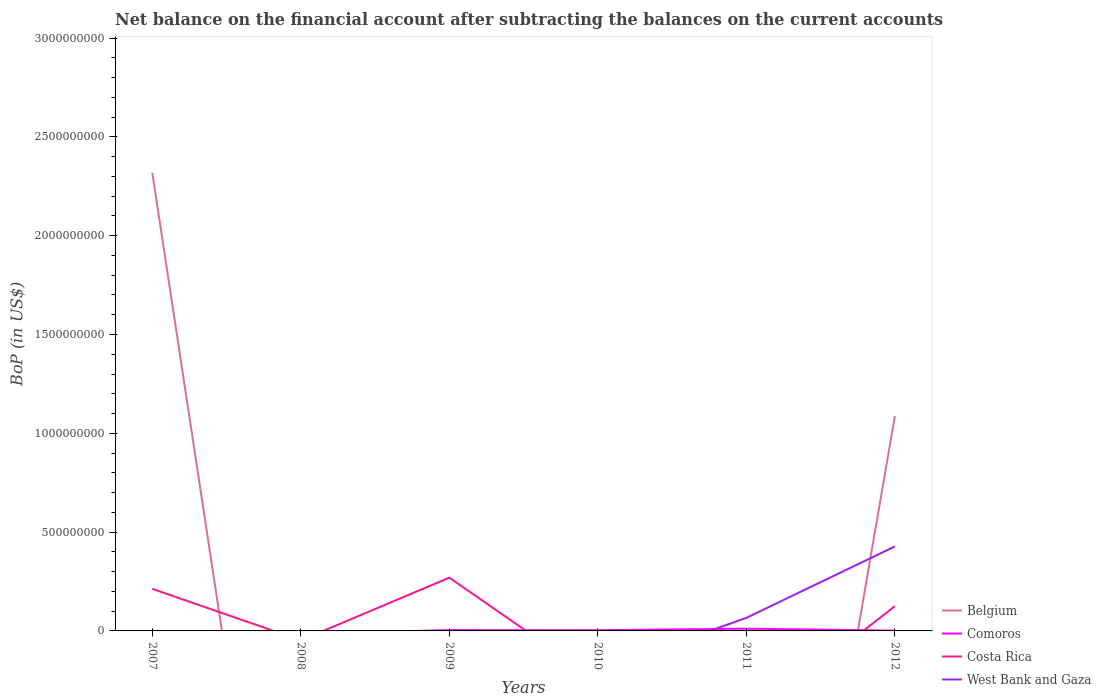
| Years | Belgium | Comoros | Costa Rica | West Bank and Gaza |
 | --- | --- | --- | --- | --- |
 | 2007 | 2.32e+09 | 5.59e+05 | 2.13e+08 | -4.95e+08 |
 | 2008 | -2.63e+09 | -1.44e+07 | -4.77e+07 | -2.29e+08 |
 | 2009 | -1.15e+10 | 4.08e+06 | 2.69e+08 | -1.46e+08 |
 | 2010 | -2.69e+08 | 3.42e+06 | -2.51e+08 | -2.01e+08 |
 | 2011 | -3.28e+09 | 1.13e+07 | -4.61e+08 | 6.61e+07 |
 | 2012 | 1.09e+09 | 1.39e+06 | 1.25e+08 | 4.28e+08 |